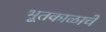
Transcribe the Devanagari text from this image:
भूतकाळाचें